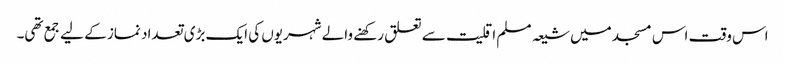
اس وقت اس مسجد میں شیعہ مسلم اقلیت سے تعلق رکھنے والے شہریوں کی ایک بڑی تعداد نماز کے لیے جمع تھی۔